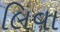
લિવા